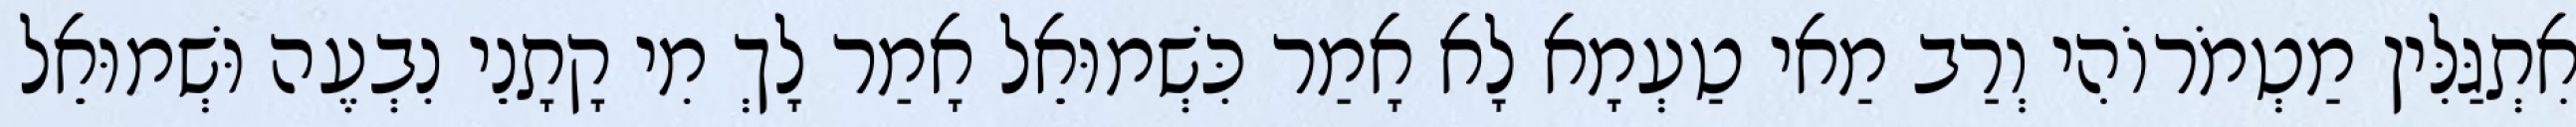
אִתְגַּלִּין מַטְמֹרוֹהִי וְרַב מַאי טַעְמָא לָא אָמַר כִּשְׁמוּאֵל אָמַר לָךְ מִי קָתָנֵי נִבְעֶה וּשְׁמוּאֵל